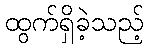
ထွက်ရှိခဲ့သည့်